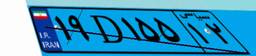
۱۹D۱۵۵۱۲